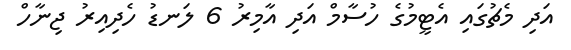
އަދި މެޗުގައި އެޓީމުގެ ހުސާމް އަދި އާމިރު 6 ލަނޑު ހެދިއިރު ޖިނާހް